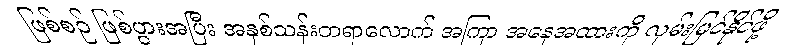
ဖြစ်စဉ် ဖြစ်ပွားအပြီး အနှစ်သန်းတရာလောက် အကြာ အနေအထားကို လှမ်းမြင်နိုင်ဖို့